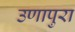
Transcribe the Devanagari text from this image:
उणापुरा